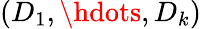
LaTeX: (D_{1},\hdots,D_{k})